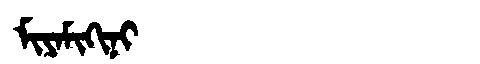
Manchu: ᠮᡳᠶᠠᠮᡳᡴᡳᠨᡳ
Romanization: MIYAMIKINI